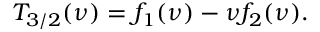
T _ { 3 / 2 } ( \nu ) = f _ { 1 } ( \nu ) - { \nu } f _ { 2 } ( \nu ) .